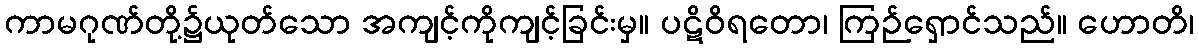
ကာမဂုဏ်တို့၌ယုတ်သော အကျင့်ကိုကျင့်ခြင်းမှ။ ပဋိဝိရတော၊ ကြဉ်ရှောင်သည်။ ဟောတိ၊